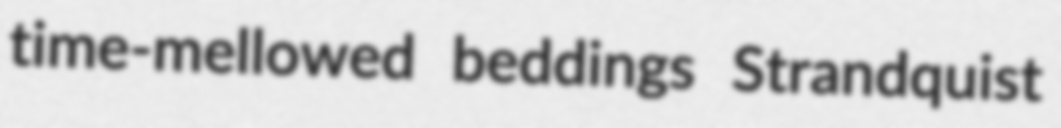
time-mellowed beddings Strandquist